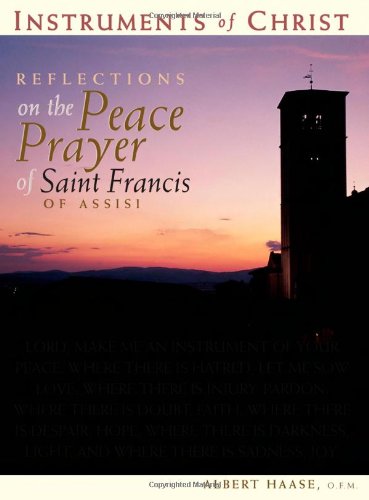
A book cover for Instruments of Christ: Reflections on the Peace Prayer of Saint Francis of Assisi; Albert Haase O.F.M.; Religion & Spirituality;